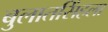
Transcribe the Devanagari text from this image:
बुलातसिंहला